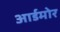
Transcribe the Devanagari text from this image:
आर्डमोर